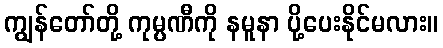
ကျွန်တော်တို့ ကုမ္ပဏီကို နမူနာ ပို့ပေးနိုင်မလား။